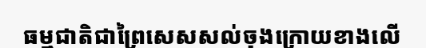
ធម្មជាតិជាព្រៃសេសសល់ចុងក្រោយខាងលើ